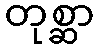
တုစ္ဆာ